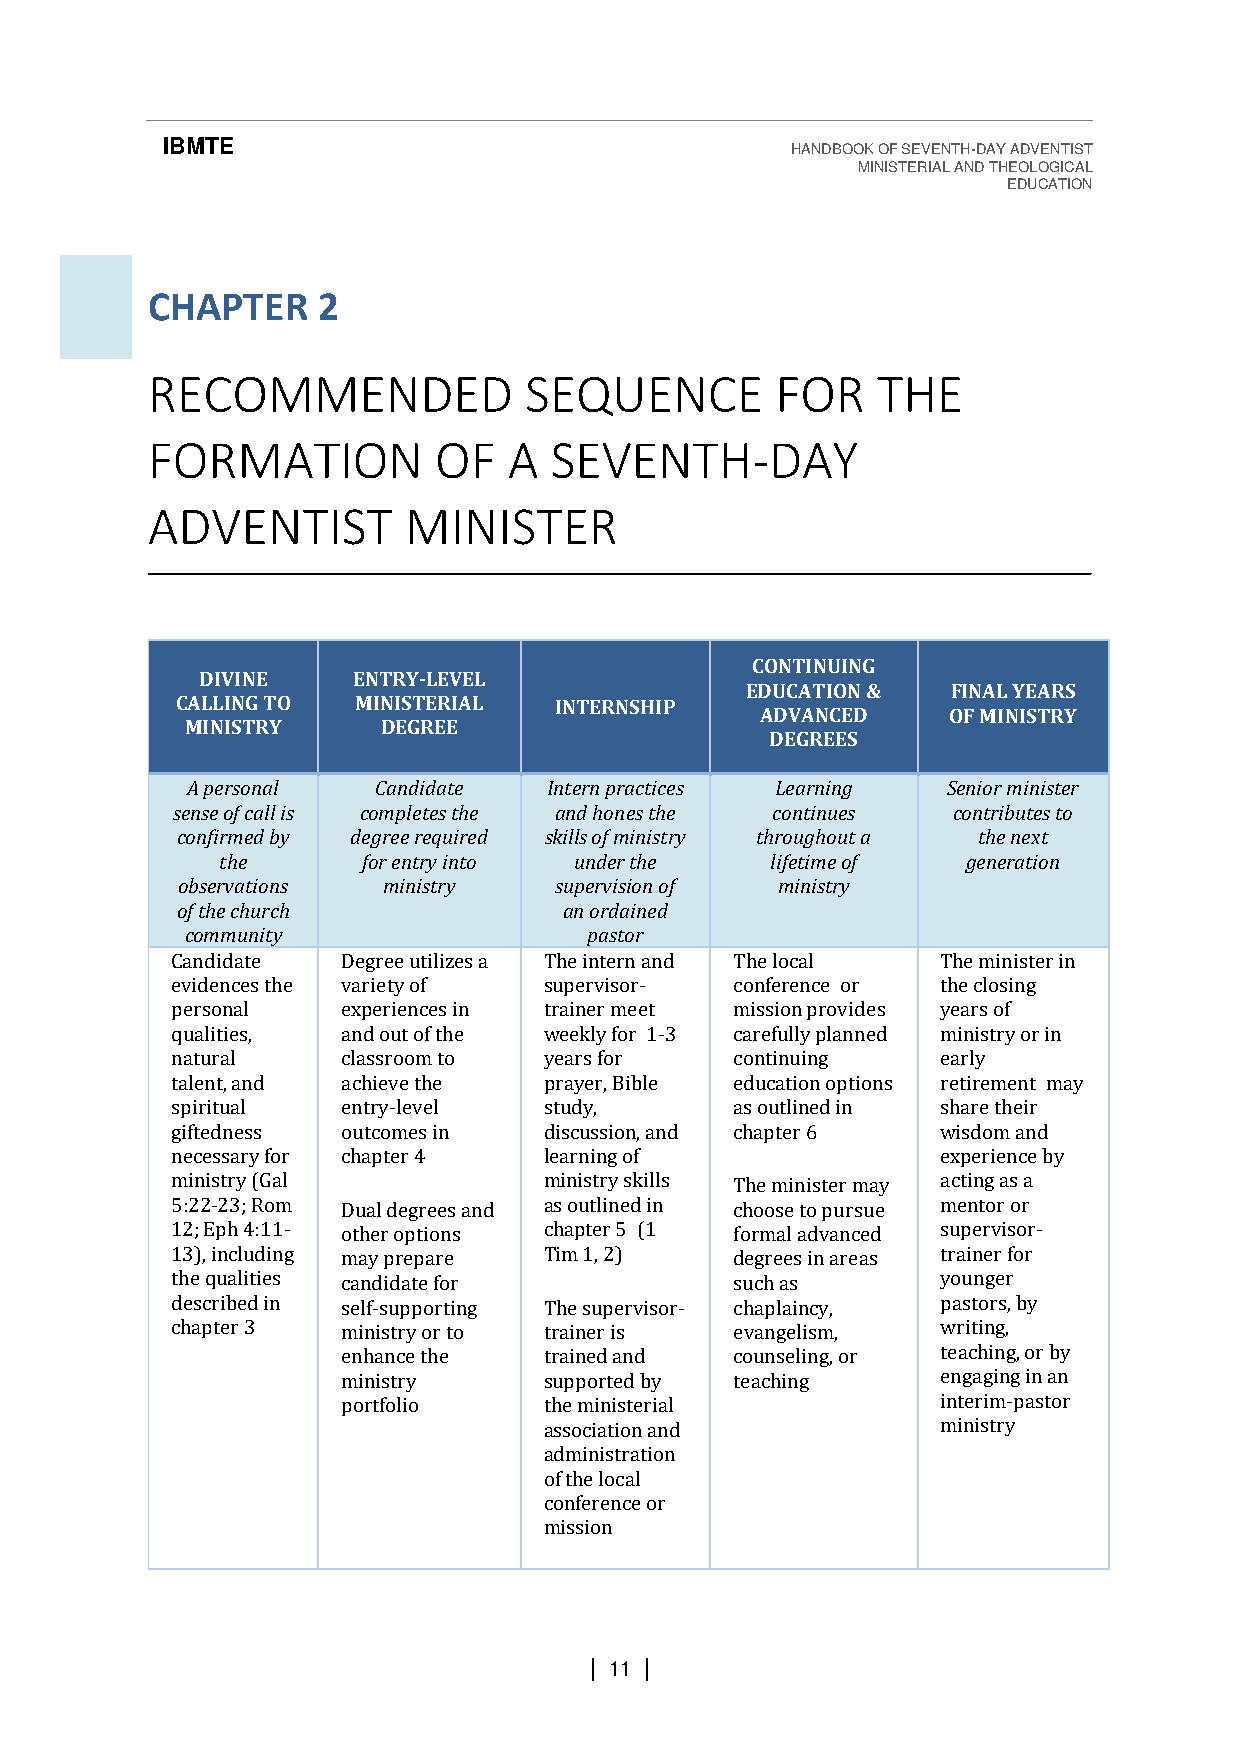
IBMTE                                    HANDBOOK OF SEVENTH-DAY ADVENTIST
 MINISTERIAL AND THEOLOGICAL
 EDUCATION
 CHAPTER    2
 RECOMMENDED              SEQUENCE        FOR    THE
 FORMATION          OF   A SEVENTH-DAY
 ADVENTIST        MINISTER
 CONTINUING
 DIVINE    ENTRY-LEVEL
 EDUCATION &   FINAL YEARS
 CALLING TO  MINISTERIAL  INTERNSHIP
 ADVANCED     OF MINISTRY
 MINISTRY     DEGREE
 DEGREES
 A personal   Candidate  Intern practices Learning  Senior minister
 sense of call is completes the and hones the continues contributes to
 confirmed by degree required skills of ministry throughout a the next
 the      for entry into under the   lifetime of  generation
 observations ministry    supervision of ministry
 of the church            an ordained
 community                  pastor
 Candidate   Degree utilizes a The intern and The local The minister in
 evidences the variety of supervisor-  conference or the closing
 personal    experiences in trainer meet mission provides years of
 qualities,  and out of the weekly for 1-3 carefully planned ministry or in
 natural     classroom to years for    continuing   early
 talent, and achieve the  prayer, Bible education options retirement may
 spiritual   entry-level  study,       as outlined in share their
 giftedness  outcomes in  discussion, and chapter 6 wisdom and
 necessary for chapter 4  learning of               experience by
 ministry (Gal            ministry skills The minister may acting as a
 5:22-23; Rom Dual degrees and as outlined in choose to pursue mentor or
 12; Eph 4:11- other options chapter 5 (1 formal advanced supervisor-
 13), including may prepare Tim 1, 2)  degrees in areas trainer for
 the qualities candidate for           such as      younger
 described in self-supporting The supervisor- chaplaincy, pastors, by
 chapter 3   ministry or to trainer is evangelism,  writing,
 enhance the  trained and  counseling, or teaching, or by
 ministry     supported by teaching     engaging in an
 portfolio    the ministerial           interim-pastor
 association and           ministry
 administration
 of the local
 conference or
 mission
 | 11 |